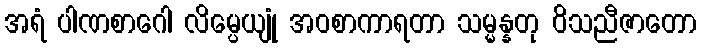
အရံ ပါဏစာဂေါ လိမ္ပေယျုံ အဝစာကာရတာ သမ္မန္နတု ဝိသညီဇာတော